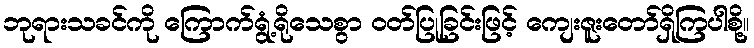
ဘုရားသခင်ကို ကြောက်ရွံ့ရိုသေစွာ ဝတ်ပြုခြင်းဖြင့် ကျေးဇူးတော်ရှိကြပါစို့။